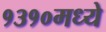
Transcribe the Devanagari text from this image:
१३१०मध्ये